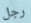
رجل